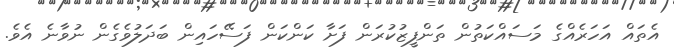
އެތައް އަހަރެއްގެ މަސައްކަތުން ތަންފީޒުކުރަން ފަށާ ކަންކަން ފަސޭހައިން ބަދަލުވެގެން ނުވާނެ އެވެ.